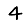
Digit: 4